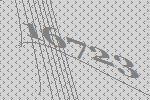
16723